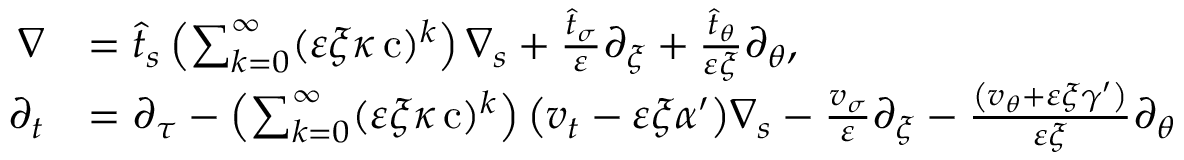
\begin{array} { r l } { \nabla } & { = \widehat { t } _ { s } \left( \sum _ { k = 0 } ^ { \infty } ( \varepsilon \xi \kappa \operatorname { c } ) ^ { k } \right) \nabla _ { s } + \frac { \hat { t } _ { \sigma } } { \varepsilon } \partial _ { \xi } + \frac { \hat { t } _ { \theta } } { \varepsilon \xi } \partial _ { \theta } , } \\ { \partial _ { t } } & { = \partial _ { \tau } - \left( \sum _ { k = 0 } ^ { \infty } ( \varepsilon \xi \kappa \operatorname { c } ) ^ { k } \right) { \left( v _ { t } - \varepsilon \xi \alpha ^ { \prime } \right) } \nabla _ { s } - \frac { v _ { \sigma } } { \varepsilon } \partial _ { \xi } - \frac { \left( v _ { \theta } + \varepsilon \xi \gamma ^ { \prime } \right) } { \varepsilon \xi } \partial _ { \theta } } \end{array}